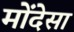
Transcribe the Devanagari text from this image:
मोंदेसा